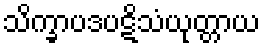
သိက္ခာပဒပဋိသံယုတ္တာယ